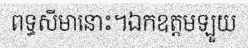
ពទ្ធសីមានោះ។ឯកឧត្តមឡួយ